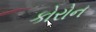
કોરોન